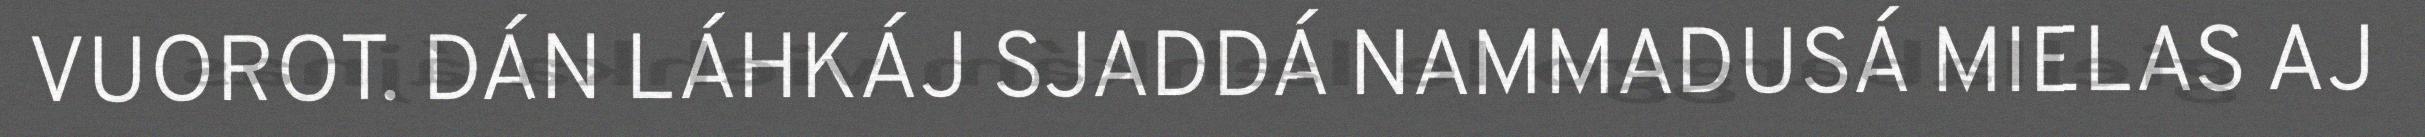
VUOROT. DÁN LÁHKÁJ SJADDÁ NAMMADUSÁ MIELAS AJ